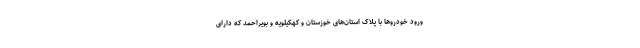
ورود خودروها با پلاک استان‌های خوزستان و کهکیلویه و بویراحمد که دارای